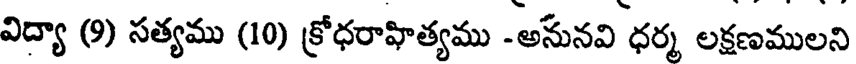
విద్యా (9) సత్యము (10) క్రోధరాహిత్యము -అసునవి ధర్మ లక్షణములని